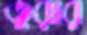
তুরার